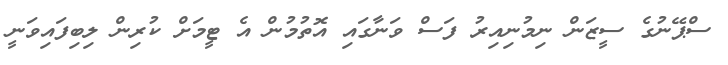
ސްޕޭނުގެ ސީޒަން ނިމުނިއިރު ފަސް ވަނާގައި އޮތުމުން އެ ޓީމަށް ކުރިން ލިބިފައިވަނީ